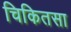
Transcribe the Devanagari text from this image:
चिकितसा